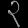
Digit: ၃